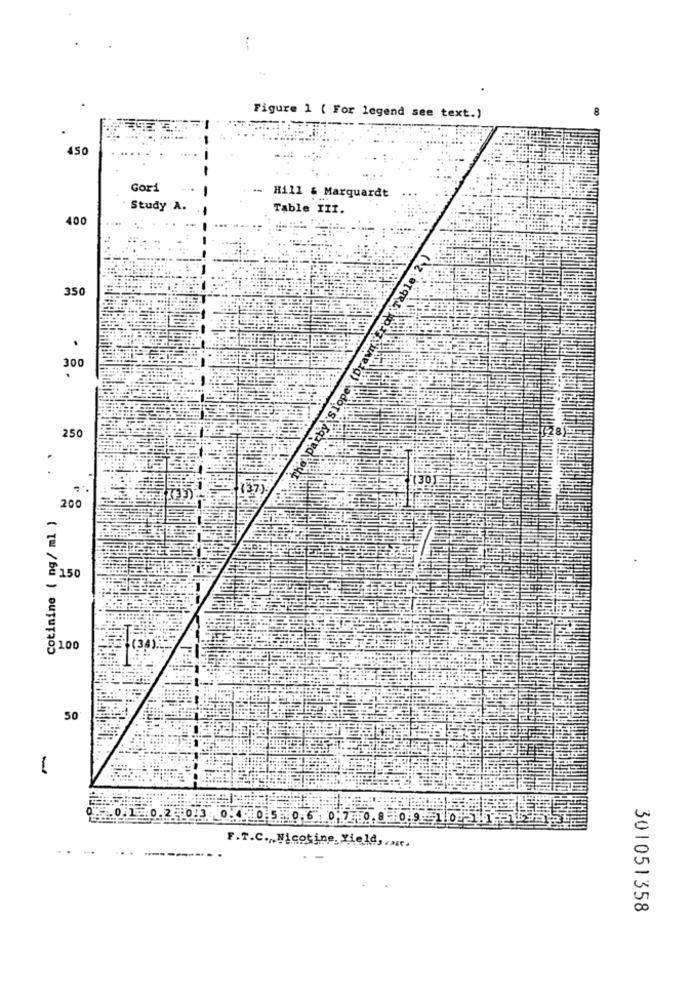
Figure 1 ( For legend see text.)
450
Gori
. Hill & Marquardt
Study A.
Table III.
400
Erak Table 2.)
350
braw
300
250
130)
200
Cotinine ( ng/ ml )
£150
-
8100
50
-
F.T.C ., Nicotine Field,
301051358